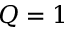
Q = 1